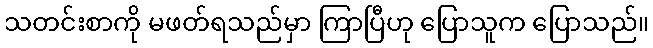
သတင်းစာကို မဖတ်ရသည်မှာ ကြာပြီဟု ပြောသူက ပြောသည်။